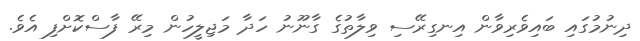
ދިނުމުގައި ބައިވެރިވާން އިނގިރޭސި ވިލާތުގެ ގާނޫނު ހަދާ މަޖިލީހުން މިރޭ ފާސްކޮށްފި އެވެ.